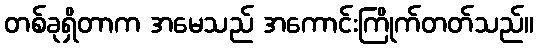
တစ်ခုရှိတာက အမေသည် အကောင်းကြိုက်တတ်သည်။